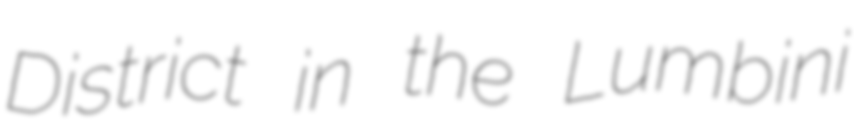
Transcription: District in the Lumbini